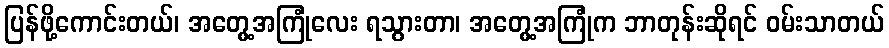
ပြန်ဖို့ကောင်းတယ်၊ အတွေ့အကြုံလေး ရသွားတာ၊ အတွေ့အကြုံက ဘာတုန်းဆိုရင် ဝမ်းသာတယ်